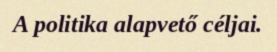
A politika alapvető céljai.